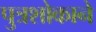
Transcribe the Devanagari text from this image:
पुत्रशोकाने